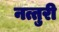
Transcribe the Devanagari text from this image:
नत्तुरी